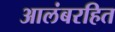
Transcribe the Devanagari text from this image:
आलंबरहित